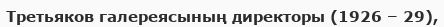
Третьяков галереясының директоры (1926 – 29),